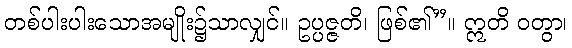
တစ်ပါးပါးသောအမျိုး၌သာလျှင်။ ဥပ္ပဇ္ဇတိ၊ ဖြစ်၏”။ ဣတိ ဝတွာ၊